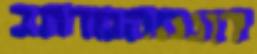
דוגמהמרחב